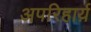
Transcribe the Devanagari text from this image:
अपरिहार्य़